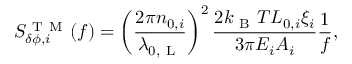
S _ { \delta \phi , i } ^ { \mathrm { ~ T ~ M ~ } } ( f ) = \left( \frac { 2 \pi n _ { 0 , i } } { { \lambda _ { 0 , \mathrm { ~ L ~ } } } } \right) ^ { 2 } \frac { 2 k _ { \mathrm { ~ B ~ } } T L _ { 0 , i } \xi _ { i } } { 3 \pi E _ { i } A _ { i } } \frac { 1 } { f } ,